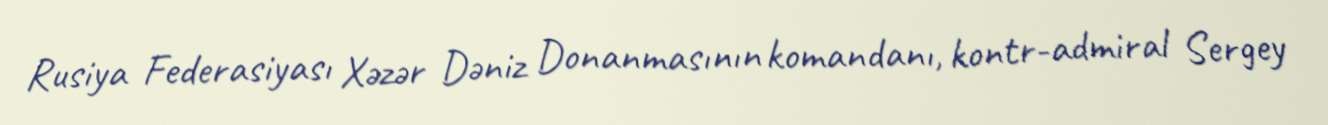
Rusiya Federasiyası Xəzər Dəniz Donanmasının komandanı, kontr-admiral Sergey